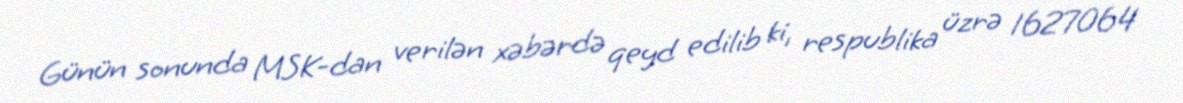
Günün sonunda MSK-dan verilən xəbərdə qeyd edilib ki, respublika üzrə 1627064